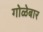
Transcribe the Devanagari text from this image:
गोळेबार